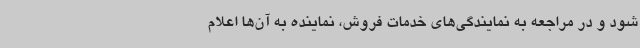
شود و در مراجعه به نمایندگی‌های خدمات فروش، نماینده به‌ آن‌ها اعلام